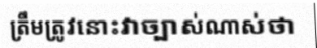
ត្រឹមត្រូវនោះវាច្បាស់ណាស់ថា